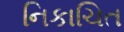
નિકાચિત